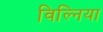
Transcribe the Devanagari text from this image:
विल्निया